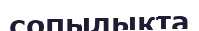
сопылықта